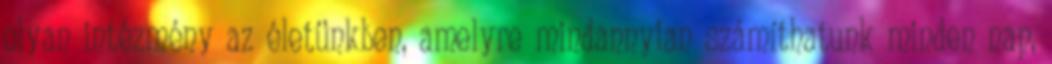
olyan intézmény az életünkben, amelyre mindannyian számíthatunk minden nap,